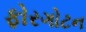
ફોરગોટન